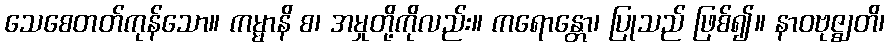
သေစေတတ်ကုန်သော။ ကမ္မာနိ စ၊ အမှုတို့ကိုလည်း။ ကရောန္တော၊ ပြုသည် ဖြစ်၍။ နာဝဗုဇ္ဈတိ၊